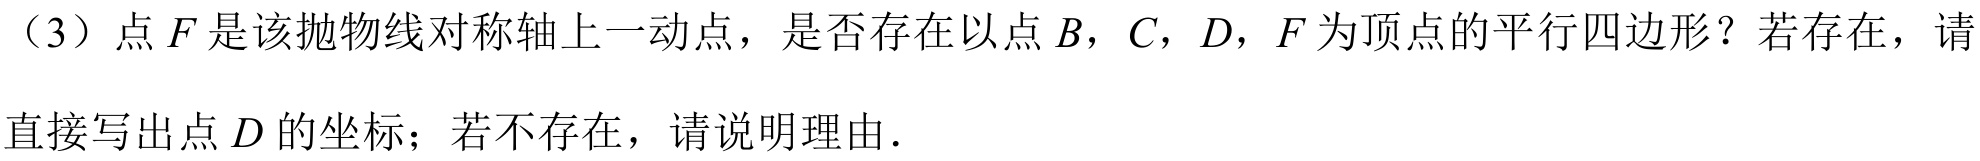
（3）点\(F\)是该抛物线对称轴上一动点，是否存在以点\(B\)，\(C\)，\(D\)，\(F\)为顶点的平行四边形？若存在，请
直接写出点\(D\)的坐标；若不存在，请说明理由.